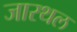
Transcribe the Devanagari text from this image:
जारथल